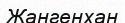
Жангенхан